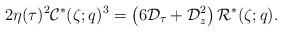
\begin{align*} 2\eta(\tau)^2\mathcal C^*(\zeta;q)^3=\left(6\mathcal D_\tau+\mathcal D_z^2\right)\mathcal R^*(\zeta;q).\end{align*}